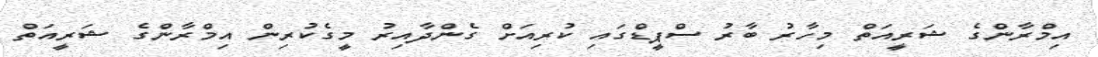
އިމްރާންގެ ޝަރީއަތް މިހާރު ބާރު ސްޕީޑްގައި ކުރިއަށް ގެންދާއިރު މީގެކުރިން އިމްރާންގެ ޝަރީއަތް